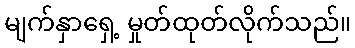
မျက်နှာရှေ့ မှုတ်ထုတ်လိုက်သည်။